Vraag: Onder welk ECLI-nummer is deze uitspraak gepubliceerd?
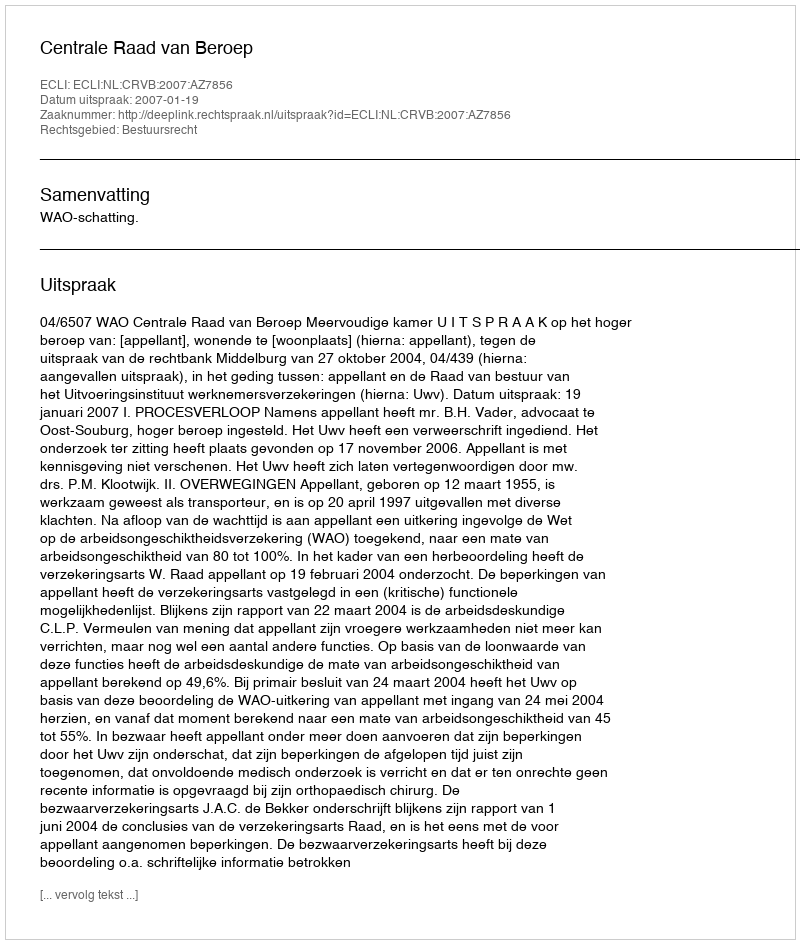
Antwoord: ECLI:NL:CRVB:2007:AZ7856